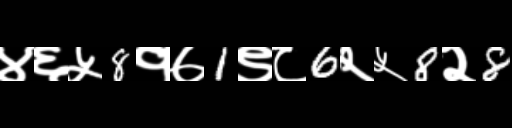
Text: ४६५8१७1९८6२५8२8